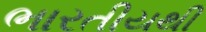
ભારતીયથી